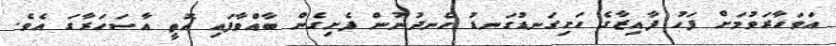
އަވަހާރަވުމަށް ފަހު ފާއިޒާގެ ހަށިގަނޑުގަނޑު ހެނދުނުން ފެށިގެން ބާއްވާފައި އޮތީ އާސަހަރާގަ އެވެ.